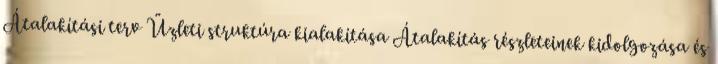
Átalakítási terv Üzleti struktúra kialakítása Átalakítás részleteinek kidolgozása és